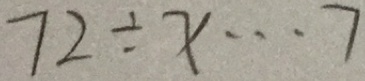
7 2 \div x \cdots 7